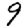
Digit: 9